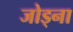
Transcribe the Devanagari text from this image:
जोड्ना